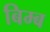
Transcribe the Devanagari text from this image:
बिम्‍ब